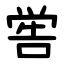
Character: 喾